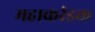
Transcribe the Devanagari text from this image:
महाकरंडक